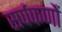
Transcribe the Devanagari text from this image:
सर्पफणों